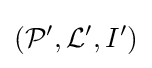
({{\mathcal {P}}'},{{\mathcal {L}}'},I')